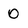
Character: 0